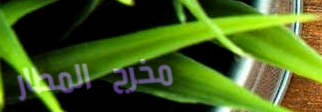
مخرج المطار